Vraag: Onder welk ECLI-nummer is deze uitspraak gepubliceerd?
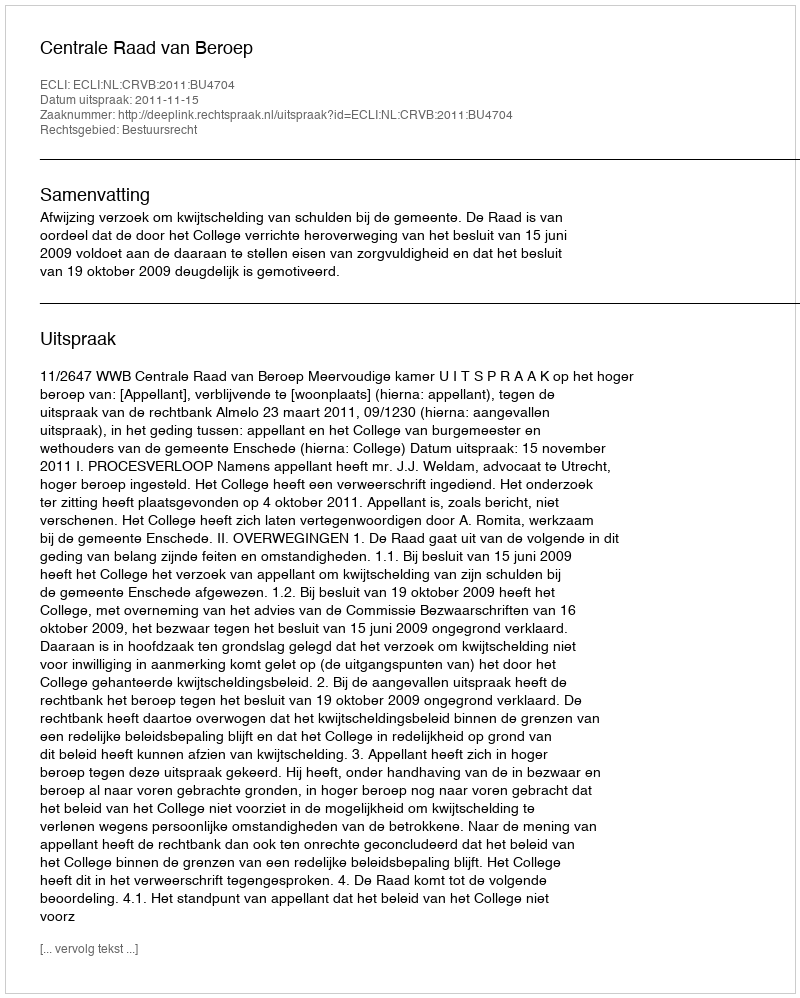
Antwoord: ECLI:NL:CRVB:2011:BU4704